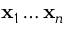
\mathbf { x } _ { 1 } \ldots \mathbf { x } _ { n }